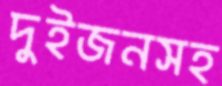
দুইজনসহ